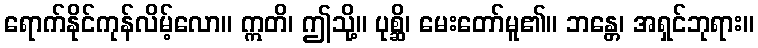
ရောက်နိုင်ကုန်လိမ့်လော။ ဣတိ၊ ဤသို့။ ပုစ္ဆိ၊ မေးတော်မူ၏။ ဘန္တေ၊ အရှင်ဘုရား။